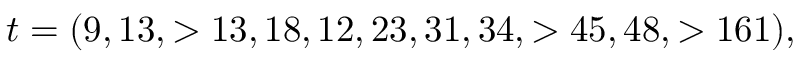
t = ( 9 , 1 3 , > 1 3 , 1 8 , 1 2 , 2 3 , 3 1 , 3 4 , > 4 5 , 4 8 , > 1 6 1 ) ,